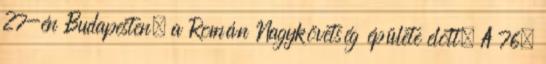
27-én Budapesten, a Román Nagykövetség épülete elõtt. A 76.